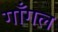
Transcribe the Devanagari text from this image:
गाँगल